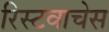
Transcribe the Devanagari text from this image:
रिस्टवाचेस